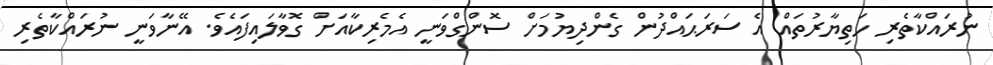
ނުރައްކާތެރި ހަތިޔާރުތައް އެ ސަރަޙައްދުން ގެންދިޔުމަށް ސޮންގްވަނީ އެމެރިކާއަށް ގޮވާލައިފައެވެ. އޭނާވަނީ ނުރައްކާތެރި